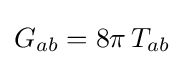
G_{ab}=8\pi \,T_{ab}